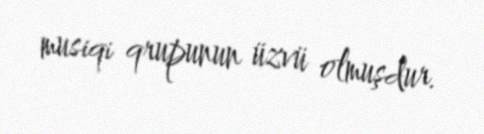
musiqi qrupunun üzvü olmuşdur.